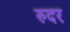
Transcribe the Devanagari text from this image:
रुदर